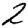
Digit: 2